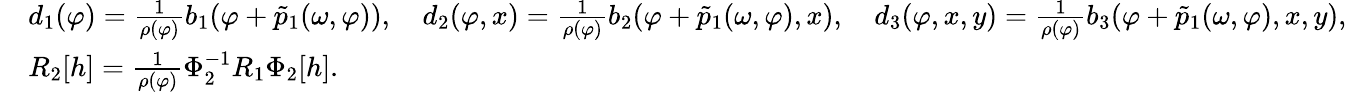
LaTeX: \begin{array}{rl}&{d_{1}(\varphi)=\frac{1}{\rho(\varphi)}b_{1}(\varphi+\tilde{p}_{1}(\omega,\varphi)),\quad d_{2}(\varphi,x)=\frac{1}{\rho(\varphi)}{b}_{2}(\varphi+\tilde{p}_{1}(\omega,\varphi),x),\quad d_{3}(\varphi,x,y)=\frac{1}{\rho(\varphi)}b_{3}(\varphi+\tilde{p}_{1}(\omega,\varphi),x,y),}\\ &{R_{2}[h]=\frac{1}{\rho(\varphi)}\Phi_{2}^{-1}R_{1}\Phi_{2}[h].}\end{array}